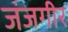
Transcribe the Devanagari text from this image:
जंजगीर